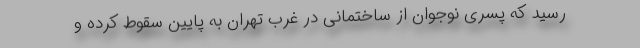
رسید که پسری نوجوان از ساختمانی در غرب تهران به پایین سقوط کرده و